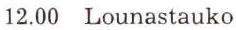
12.00 Lounastauko